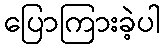
ပြောကြားခဲ့ပါ